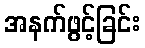
အနက်ဖွင့်ခြင်း